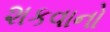
શકવાનો